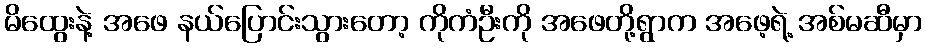
မိထွေးနဲ့ အဖေ နယ်ပြောင်းသွားတော့ ကိုကံဦးကို အဖေတို့ရွာက အဖေ့ရဲ့ အစ်မဆီမှာ